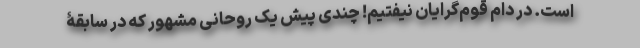
است. در دام قوم‌گرایان نیفتیم! چندی پیش یک روحانی مشهور که در سابقۀ